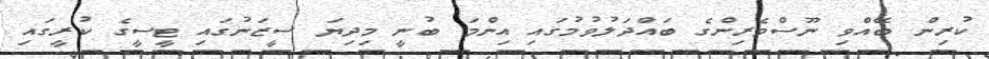
ކުރިން ބޭއްވި ނޫސްވެރިންގެ ބައްދަލުވުމުގައި އިންމަ ބުނީ މިދިޔަ ސީޒަނުގައި ޓީސީގެ ކުރީގައި